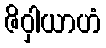
ဇိဝှါယာဟံ